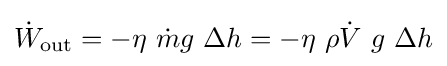
{\dot {W}}_{\text{out}}=-\eta \ {\dot {m}}g\ \Delta h=-\eta \ \rho {\dot {V}}\ g\ \Delta h